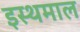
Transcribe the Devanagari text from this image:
इस्थमाल